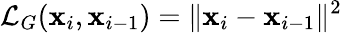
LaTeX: \mathcal L_{G}(\mathbf x_{i},\mathbf x_{i-1})=\| \mathbf x_{i}-\mathbf x_{i-1}\| ^{2}